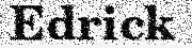
Edrick